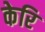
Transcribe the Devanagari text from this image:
केरि